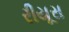
રીયૂસ